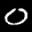
Label: 0